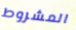
المشروط